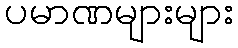
ပမာဏများများ